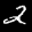
Label: 2